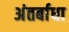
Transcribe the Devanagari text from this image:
अंतर्बाधा